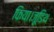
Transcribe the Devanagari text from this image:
किया।जूडिथ